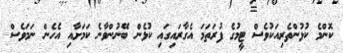
ކޮންމެ ކުޅުންތެރިއަކުވެސް ޓީމުގެ ފުރަތަމަ އެގާރައިގައި ކުޅެން ބޭނުންވާނެ ކަމަށާއި އެހެން ނަމަވެސް